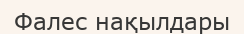
Фалес нақылдары